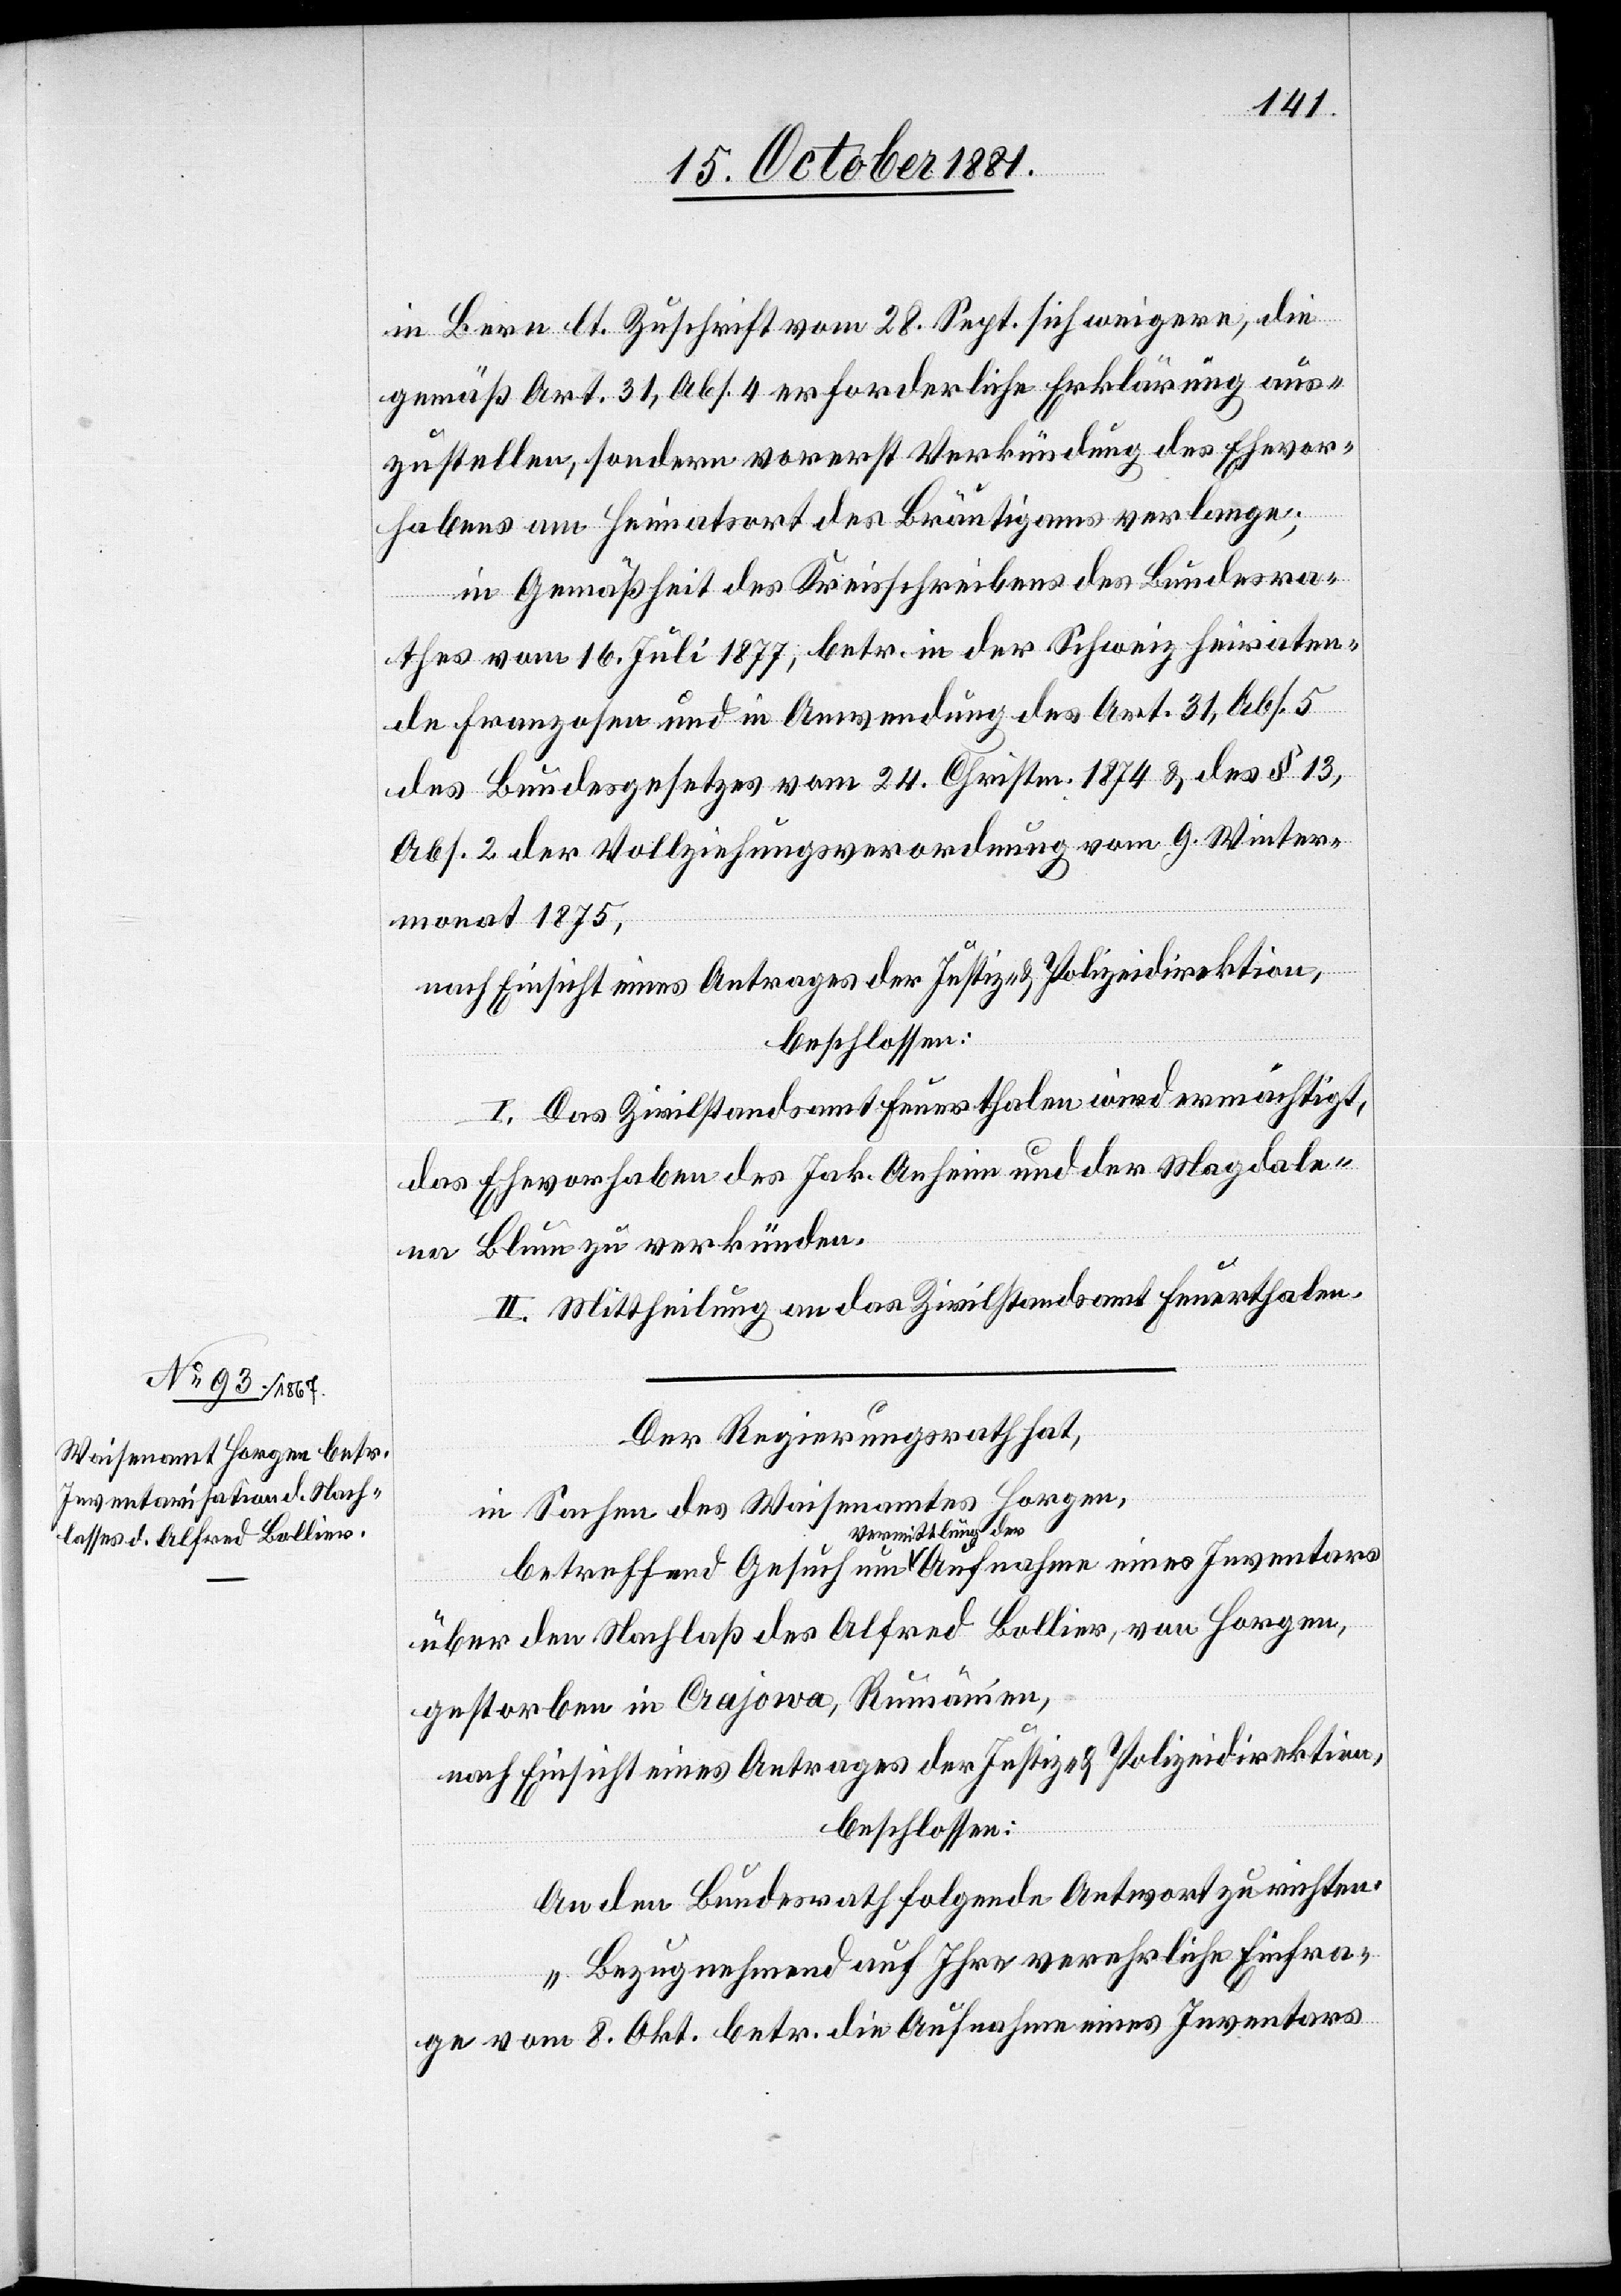
in Bern lt. Zuschrift vom 28. Sept. sich weigere, die
gemäß Art. 31, Abs. 4 erforderliche Erklärung aus¬
zustellen, sondern vorerst Verkündung des Ehevor¬
habens am Heimatsort des Bräutigams verlangen;
in Gemäßheit des Kreisschreibens des Bundesra¬
thes vom 16. Juli 1877, betr. in der Schweiz heiraten¬
den Franzosen und in Anwendung des Art. 31, Abs. 5
des Bundesgesetzes vom 24. Christm. 1874 & des § 13,
Abs. 2 der Vollziehungsverordnung vom 9. Winter¬
monat 1875,
nach Einsicht eines Antrages der Justiz- & Polizeidirektion,
beschlossen:
I. Das Zivilstandsamt Feuerthalen wird ermächtigt,
das Ehevorhaben des Jak. Anheim und der Magdale¬
na Blum zu verkünden.
II. Mittheilung an das Zivilstandsamt Feuerthalen.
Der Regierungsrath hat,
in Sachen des Waisenamtes Horgen,
über den Nachlaß des Alfred Bollier, von Horgen,
gestorben in Crajowa, Rumänien,
nach Einsicht eines Antrages der Justiz- & Polizeidirektion,
beschlossen:
An den Bundesrath folgende Antwort zu richten:
„Bezugnehmend auf Ihre verehrliche Einfra¬
ge vom 8. Okt. betr. die Aufnahme eines Inventars